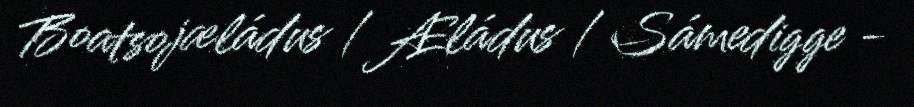
Boatsojæládus / Æládus / Sámedigge -